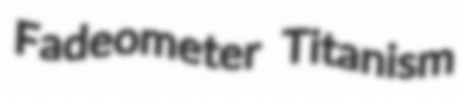
Fadeometer Titanism